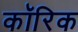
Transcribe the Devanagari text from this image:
कॉरिक